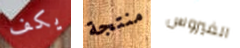
يكف منتجة الفيروس